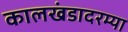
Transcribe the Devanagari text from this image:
कालखंडादरम्या